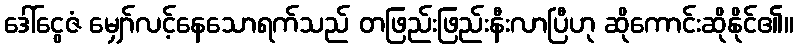
ဒေါ်ငွေဇံ မျှော်လင့်နေသောရက်သည် တဖြည်းဖြည်းနီးလာပြီဟု ဆိုကောင်းဆိုနိုင်၏။